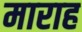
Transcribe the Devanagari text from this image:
माराह